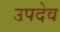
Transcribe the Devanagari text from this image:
उपदेव